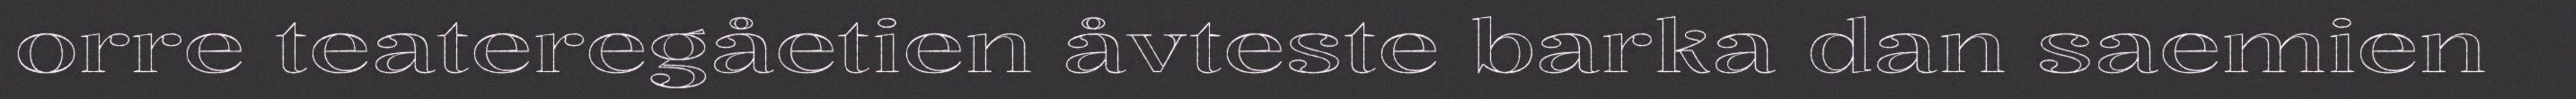
orre teateregåetien åvteste barka dan saemien